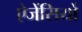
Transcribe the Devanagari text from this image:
ऐजेंसियों